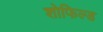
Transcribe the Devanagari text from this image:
शोफिल्ड